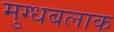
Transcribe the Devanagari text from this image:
मुग्धबलाक